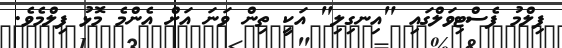
ފިލްމު ފެސްޓިވަލްގައި "އިނގިލި" އަކީ ތިން ވަނަ އަށް އެންމެ މޮޅު ފިލްމެވެ.